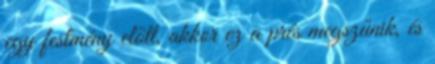
egy festmény előtt, akkor ez a prés megszűnik, és